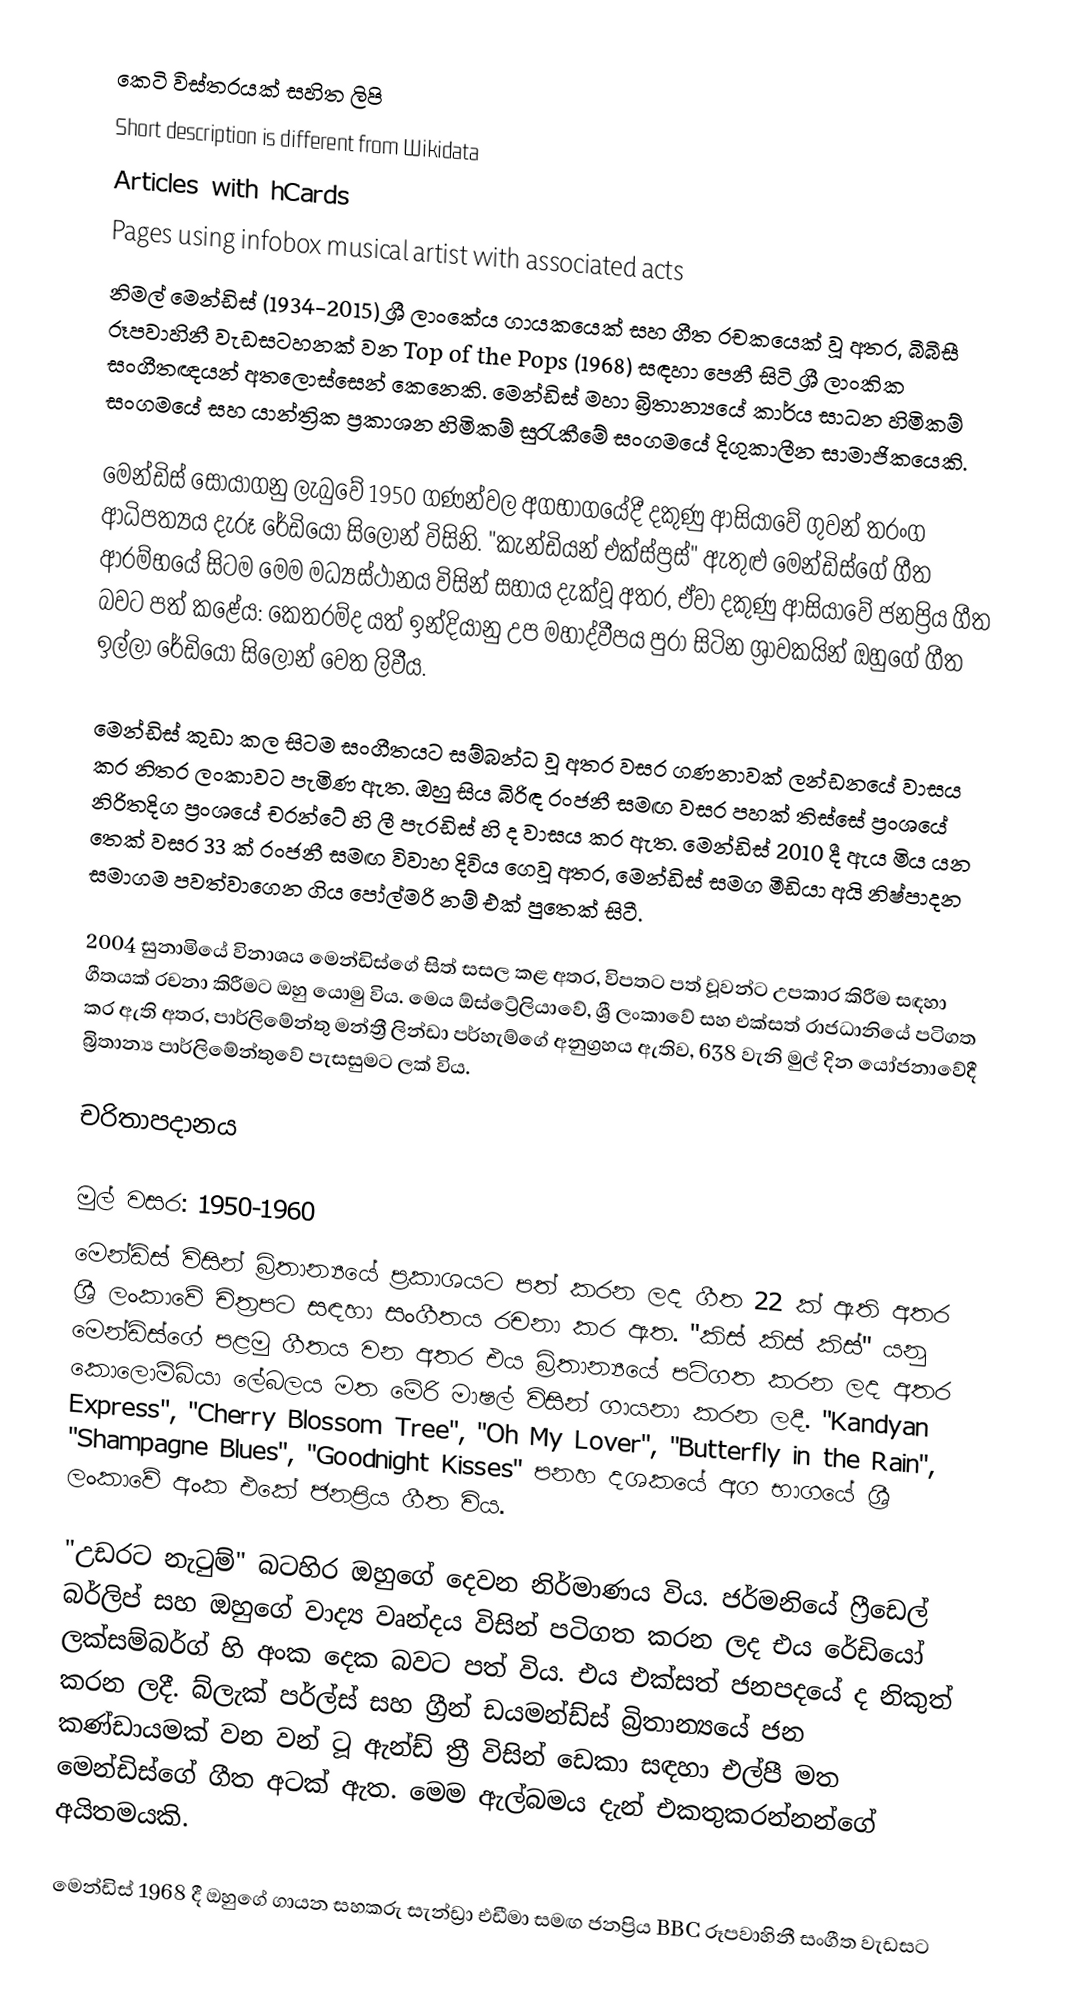
කෙටි විස්තරයක් සහිත ලිපි
Short description is different from Wikidata
Articles with hCards
Pages using infobox musical artist with associated acts
නිමල් මෙන්ඩිස් (1934-2015) ශ්‍රී ලාංකේය ගායකයෙක් සහ ගීත රචකයෙක් වූ අතර, බීබීසී රූපවාහිනී වැඩසටහනක් වන Top of the Pops (1968) සඳහා පෙනී සිටි ශ්‍රී ලාංකික සංගීතඥයන් අතලොස්සෙන් කෙනෙකි. මෙන්ඩිස් මහා බ්‍රිතාන්‍යයේ කාර්ය සාධන හිමිකම් සංගමයේ සහ යාන්ත්‍රික ප්‍රකාශන හිමිකම් සුරැකීමේ සංගමයේ දිගුකාලීන සාමාජිකයෙකි.

මෙන්ඩිස් සොයාගනු ලැබුවේ 1950 ගණන්වල අගභාගයේදී දකුණු ආසියාවේ ගුවන් තරංග ආධිපත්‍යය දැරූ රේඩියෝ සිලෝන් විසිනි. "කැන්ඩියන් එක්ස්ප්‍රස්" ඇතුළු මෙන්ඩිස්ගේ ගීත ආරම්භයේ සිටම මෙම මධ්‍යස්ථානය විසින් සහාය දැක්වූ අතර, ඒවා දකුණු ආසියාවේ ජනප්‍රිය ගීත බවට පත් කළේය: කෙතරම්ද යත් ඉන්දියානු උප මහාද්වීපය පුරා සිටින ශ්‍රාවකයින් ඔහුගේ ගීත ඉල්ලා රේඩියෝ සිලෝන් වෙත ලිවීය.

මෙන්ඩිස් කුඩා කල සිටම සංගීතයට සම්බන්ධ වූ අතර වසර ගණනාවක් ලන්ඩනයේ වාසය කර නිතර ලංකාවට පැමිණ ඇත. ඔහු සිය බිරිඳ රංජනී සමඟ වසර පහක් තිස්සේ ප්‍රංශයේ නිරිතදිග ප්‍රංශයේ චරන්ටේ හි ලී පැරඩිස් හි ද වාසය කර ඇත. මෙන්ඩිස් 2010 දී ඇය මිය යන තෙක් වසර 33 ක් රංජනී සමඟ විවාහ දිවිය ගෙවූ අතර, මෙන්ඩිස් සමග මීඩියා අයි නිෂ්පාදන සමාගම පවත්වාගෙන ගිය පෝල්මරි නම් එක් පුතෙක් සිටී.

2004 සුනාමියේ විනාශය මෙන්ඩිස්ගේ සිත් සසල කළ අතර, විපතට පත් වූවන්ට උපකාර කිරීම සඳහා ගීතයක් රචනා කිරීමට ඔහු යොමු විය. මෙය ඕස්ට්‍රේලියාවේ, ශ්‍රී ලංකාවේ සහ එක්සත් රාජධානියේ පටිගත කර ඇති අතර, පාර්ලිමේන්තු මන්ත්‍රී ලින්ඩා පර්හැම්ගේ අනුග්‍රහය ඇතිව, 638 වැනි මුල් දින යෝජනාවේදී බ්‍රිතාන්‍ය පාර්ලිමේන්තුවේ පැසසුමට ලක් විය.

චරිතාපදානය

මුල් වසර: 1950-1960
මෙන්ඩිස් විසින් බ්‍රිතාන්‍යයේ ප්‍රකාශයට පත් කරන ලද ගීත 22 ක් ඇති අතර ශ්‍රී ලංකාවේ චිත්‍රපට සඳහා සංගීතය රචනා කර ඇත. "කිස් කිස් කිස්" යනු මෙන්ඩිස්ගේ පළමු ගීතය වන අතර එය බ්‍රිතාන්‍යයේ පටිගත කරන ලද අතර කොලොම්බියා ලේබලය මත මේරි මාෂල් විසින් ගායනා කරන ලදී. "Kandyan Express", "Cherry Blossom Tree", "Oh My Lover", "Butterfly in the Rain", "Shampagne Blues", "Goodnight Kisses" පනහ දශකයේ අග භාගයේ ශ්‍රී ලංකාවේ අංක එකේ ජනප්‍රිය ගීත විය.

"උඩරට නැටුම්" බටහිර ඔහුගේ දෙවන නිර්මාණය විය. ජර්මනියේ ෆ්‍රීඩෙල් බර්ලිප් සහ ඔහුගේ වාද්‍ය වෘන්දය විසින් පටිගත කරන ලද එය රේඩියෝ ලක්සම්බර්ග් හි අංක දෙක බවට පත් විය. එය එක්සත් ජනපදයේ ද නිකුත් කරන ලදී. බ්ලැක් පර්ල්ස් සහ ග්‍රීන් ඩයමන්ඩ්ස් බ්‍රිතාන්‍යයේ ජන කණ්ඩායමක් වන වන් ටූ ඇන්ඩ් ත්‍රී විසින් ඩෙකා සඳහා එල්පී මත මෙන්ඩිස්ගේ ගීත අටක් ඇත. මෙම ඇල්බමය දැන් එකතුකරන්නන්ගේ අයිතමයකි.

මෙන්ඩිස් 1968 දී ඔහුගේ ගායන සහකරු සැන්ඩ්‍රා එඩීමා සමඟ ජනප්‍රිය BBC රූපවාහිනී සංගීත වැඩසට